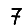
Digit: 7